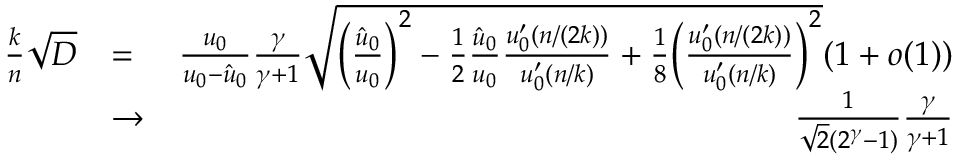
\begin{array} { r l r } { \frac { k } { n } \sqrt { D } } & { = } & { \frac { u _ { 0 } } { u _ { 0 } - \hat { u } _ { 0 } } \frac { \gamma } { \gamma + 1 } \sqrt { \Big ( \frac { \hat { u } _ { 0 } } { u _ { 0 } } \Big ) ^ { 2 } - \frac { 1 } { 2 } \frac { \hat { u } _ { 0 } } { u _ { 0 } } \frac { u _ { 0 } ^ { \prime } ( n / ( 2 k ) ) } { u _ { 0 } ^ { \prime } ( n / k ) } + \frac { 1 } { 8 } \Big ( \frac { u _ { 0 } ^ { \prime } ( n / ( 2 k ) ) } { u _ { 0 } ^ { \prime } ( n / k ) } \Big ) ^ { 2 } } ( 1 + o ( 1 ) ) } \\ & { \to } & { \frac { 1 } { \sqrt { 2 } ( 2 ^ { \gamma } - 1 ) } \frac { \gamma } { \gamma + 1 } } \end{array}